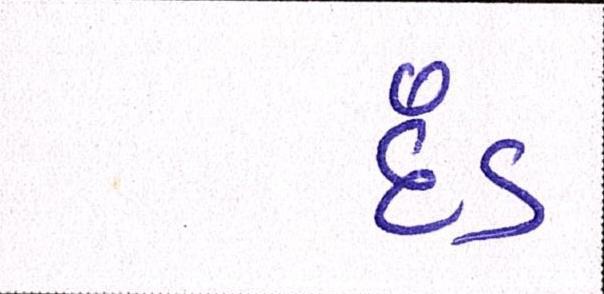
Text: દંડ